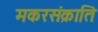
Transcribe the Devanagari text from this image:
मकरसंक्राति